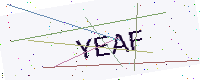
Text: YEAF